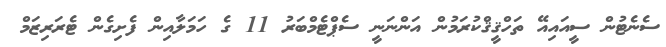
ސެނެޓުން ސީއައިއޭ ތަހްޤީޤްކުރަމުން އަންނަނީ ސެޕްޓެމްބަރު 11 ގެ ހަމަލާއިން ފެށިގެން ޓެރަރިޒަމް